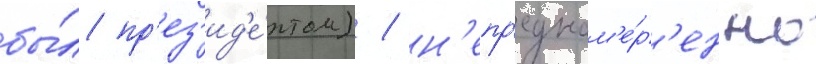
бы́л пр'ез'ид'е́нтом) / н'епр'еднам'е́р'енно